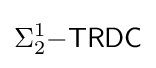
\Sigma _{2}^{1}{\mathsf {-TRDC}}